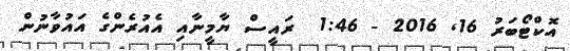
އޮކްޓޯބަރު 16